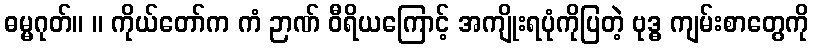
ဓမ္မဂုတ်။ ။ ကိုယ်တော်က ကံ ဉာဏ် ဝီရိယကြောင့် အကျိုးရပုံကိုပြတဲ့ ဗုဒ္ဓ ကျမ်းစာတွေကို